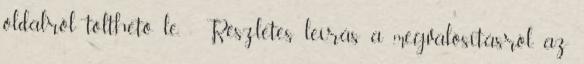
oldalról tölthető le, - Részletes leírás a megvalósításról, az